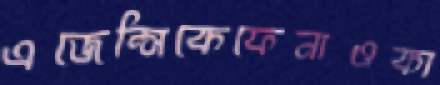
এজেন্সিকেফেনাওকা